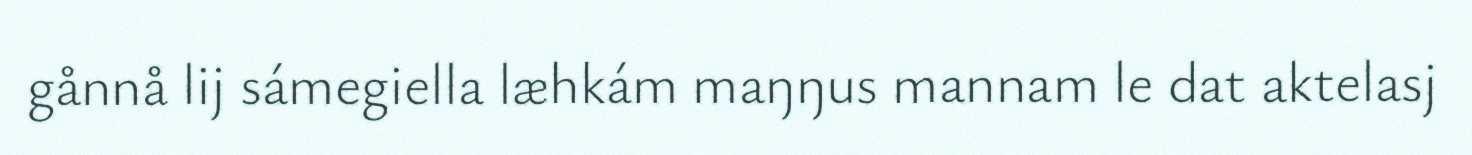
gånnå lij sámegiella læhkám maŋŋus mannam le dat aktelasj